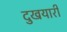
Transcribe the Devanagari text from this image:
दुखयारी